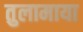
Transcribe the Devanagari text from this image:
तुलामाया